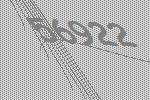
56922